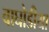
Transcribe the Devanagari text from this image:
वाघोडीया